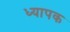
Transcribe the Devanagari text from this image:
ध्यापक